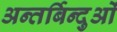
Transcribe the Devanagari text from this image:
अन्तर्बिन्दुओं